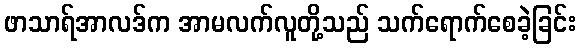
ဖာသာရ်အာလဒ်က အာမလက်လူတို့သည် သက်ရောက်စေခဲ့ခြင်း